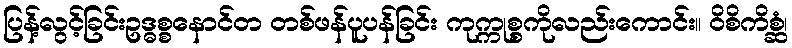
ပြန့်လွင့်ခြင်းဥဒ္ဓစ္စနောင်တ တစ်ဖန်ပူပန်ခြင်း ကုက္ကုစ္စကိုလည်းကောင်း။ ဝိစိကိစ္ဆံ၊